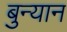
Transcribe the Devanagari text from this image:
बुन्यान